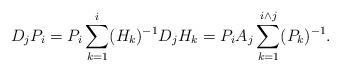
LaTeX: \begin{align*} D_j P_i &= P_i \sum_{k=1}^i (H_k)^{-1} D_j H_k = P_i A_j\sum_{k=1}^{i\wedge j} (P_k)^{-1}. \end{align*}